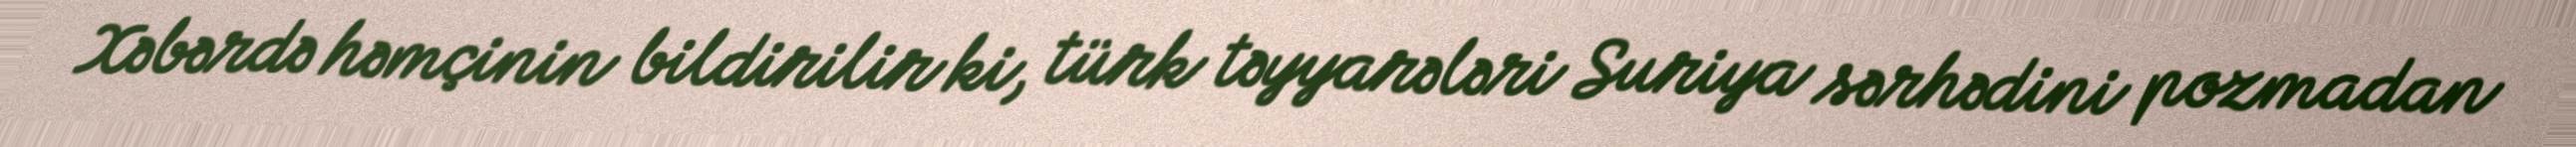
Xəbərdə həmçinin bildirilir ki, türk təyyarələri Suriya sərhədini pozmadan